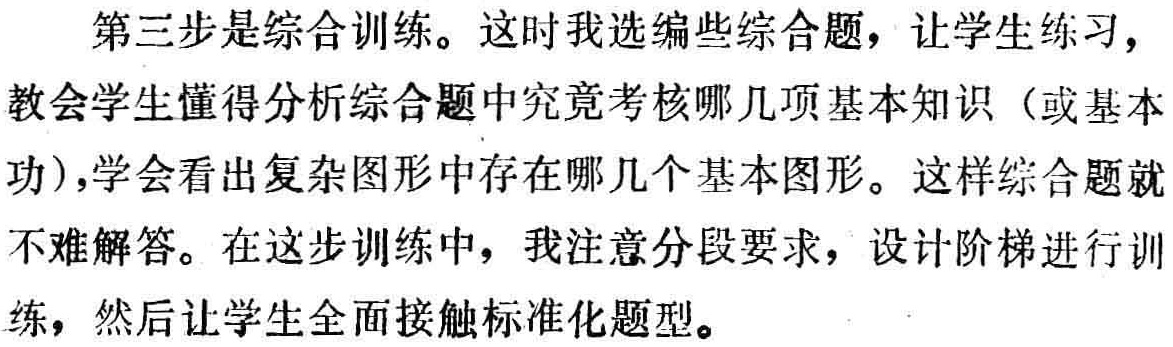
第三步是综合训练。这时我选编些综合题，让学生练习，教会学生懂得分析综合题中究竟考核哪几项基本知识（或基本功），学会看出复杂图形中存在哪几个基本图形。这样综合题就不难解答。在这步训练中，我注意分段要求，设计阶梯进行训练，然后让学生全面接触标准化题型。